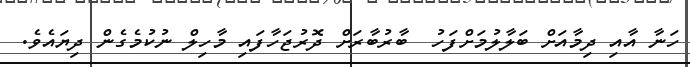
ހަނާ އާއި ދިމާއަށް ބަލާލުމަށްފަހު  ބާރުބާރަށް ދޮރުޖަހާފައި މާހިލް ނުކުމެގެން ދިޔައެވެ.